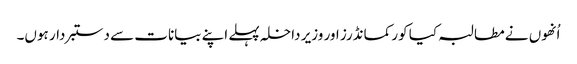
اُنھوں نے مطالبہ کیا کور کمانڈرز اور وزیر داخلہ پہلے اپنے بیانات سے دستبردار ہوں۔